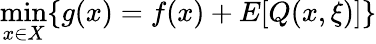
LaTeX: \operatorname*{min}_{x\in X}\{ g(x)=f(x)+E[Q(x,\xi)]\}